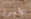
للأمور